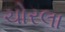
ચોરલા